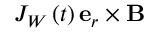
J _ { W } \left( t \right) \mathbf { e } _ { r } \times \mathbf { B }